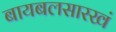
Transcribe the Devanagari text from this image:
बायबलसारखं